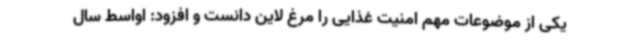
یکی از موضوعات مهم امنیت غذایی را مرغ لاین دانست و افزود: اواسط سال